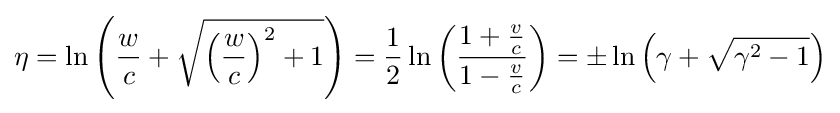
\eta =\ln \left({\frac {w}{c}}+{\sqrt {\left({\frac {w}{c}}\right)^{2}+1}}\right)={\frac {1}{2}}\ln \left({\frac {1+{\frac {v}{c}}}{1-{\frac {v}{c}}}}\right)=\pm \ln \left(\gamma +{\sqrt {\gamma ^{2}-1}}\right)